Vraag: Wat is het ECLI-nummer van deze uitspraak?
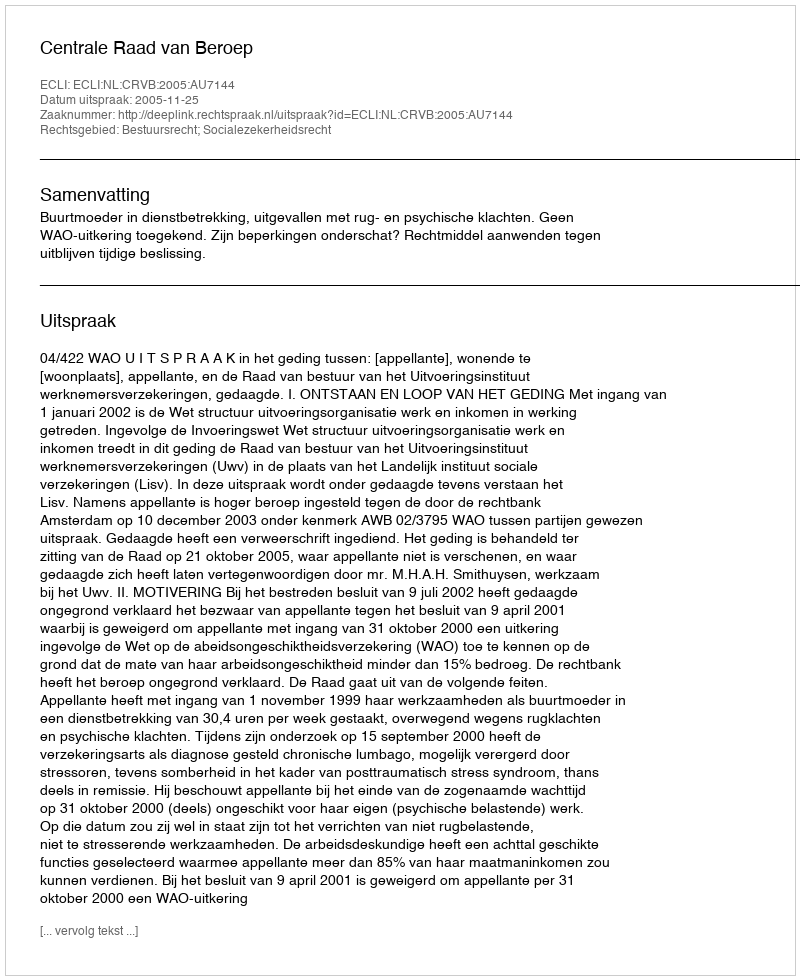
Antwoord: ECLI:NL:CRVB:2005:AU7144